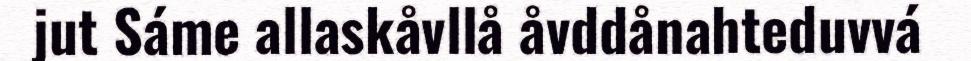
jut Sáme allaskåvllå åvddånahteduvvá